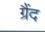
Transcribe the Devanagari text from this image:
ग्रैंद